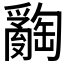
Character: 𤕅